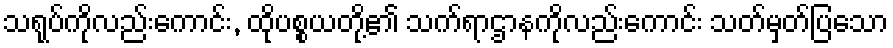
သရုပ်ကိုလည်းကောင်း, ထိုပစ္စယတို့၏ သက်ရာဌာနကိုလည်းကောင်း သတ်မှတ်ပြသော